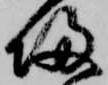
帰